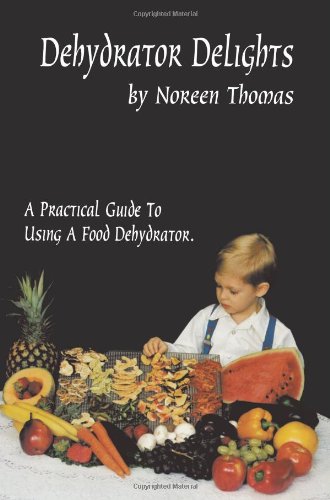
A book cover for Dehydrator Delights; Noreen Thomas; Cookbooks, Food & Wine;